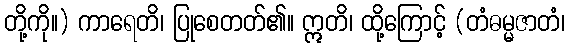
တို့ကို။) ကာရေတိ၊ ပြုစေတတ်၏။ ဣတိ၊ ထို့ကြောင့် (တံဓမ္မဇာတံ၊